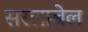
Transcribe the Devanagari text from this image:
सरलाबेल